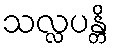
သလ္လပန္တိ